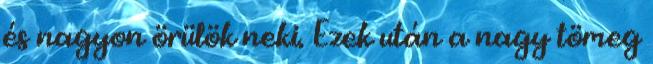
és nagyon örülök neki. Ezek után a nagy tömeg